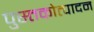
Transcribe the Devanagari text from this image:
पुस्तकोत्पादन